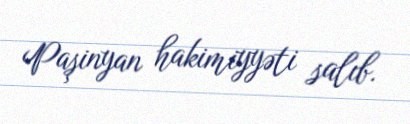
Paşinyan hakimiyyəti salıb.